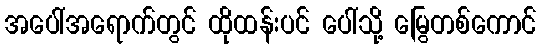
အပေါ်အရောက်တွင် ထိုထန်းပင် ပေါ်သို့ မြွေတစ်ကောင်